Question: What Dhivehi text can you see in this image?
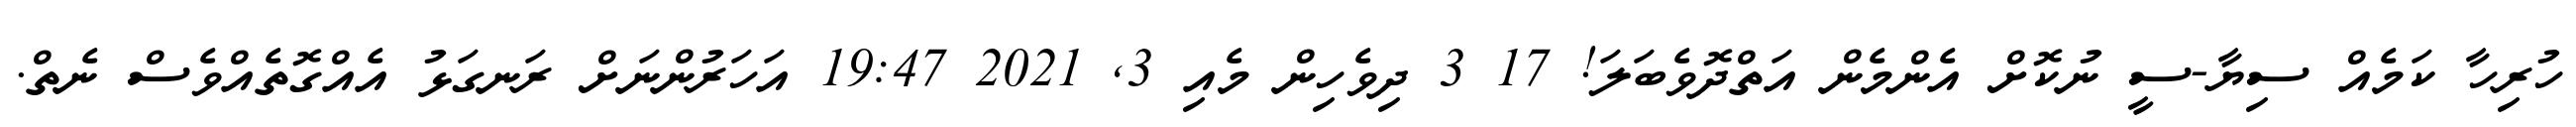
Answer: ހުރިހާ ކަމެއް ސިޔާ-ސީ ނުކޮށް އެންމެން އަތްދޮވެބަލަ! 17 3 ދިވެހިން މެއި 3, 2021 19:47 އަހަރުންނަށް ރަނގަޅު އެއްގޮތެއްވެސް ނެތް.